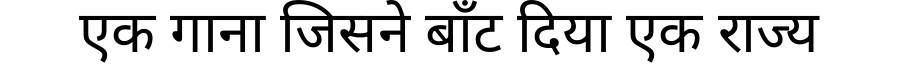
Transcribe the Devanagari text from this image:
एक गाना जिसने बाँट दिया एक राज्य